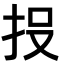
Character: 𭠘